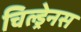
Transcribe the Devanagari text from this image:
चिल्ड्रेनस